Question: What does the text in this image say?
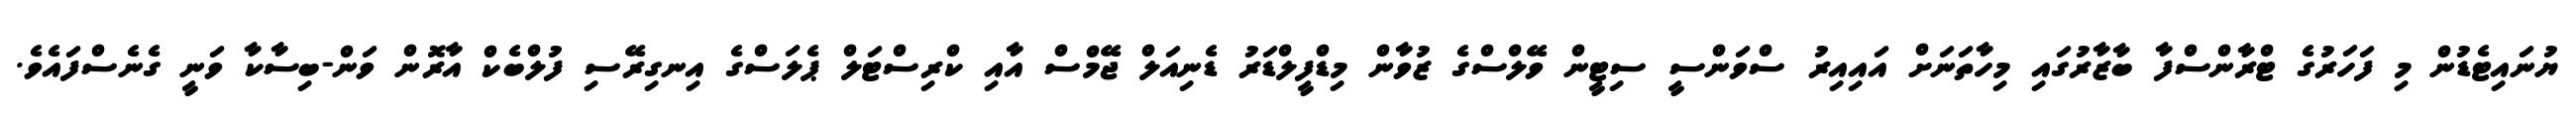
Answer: ޔުނައިޓެޑުން މި ފަހަރުގެ ޓްރާންސްފާ ބާޒާރުގައި މިހާތަނަށް އައިއިރު ސްވަންސީ ސިޓީން ވޭލްސްގެ ޒުވާން މިޑްފީލްޑަރު ޑެނިއަލް ޖޭމްސް އާއި ކްރިސްޓަލް ޕެލަސްގެ އިނގިރޭސި ފުލްބެކް އާރޮން ވަން-ބިސާކާ ވަނީ ގެނެސްފައެވެ.